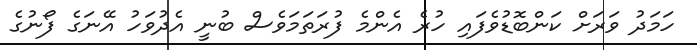
ހަމަދު ވަރަށް ކަންބޮޑުވެފައި ހުރެ އެންމެ ފުރަތަމަވެސް ބުނީ އެދުވަހު އޭނަގެ ފޯނުގެ